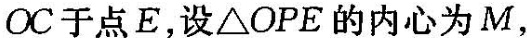
OC于点E，设\triangle OPE的内心为M，